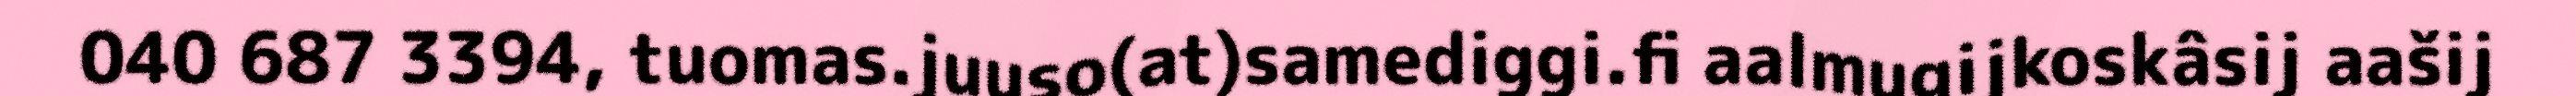
040 687 3394, tuomas.juuso(at)samediggi.fi aalmugijkoskâsij aašij